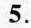
5.